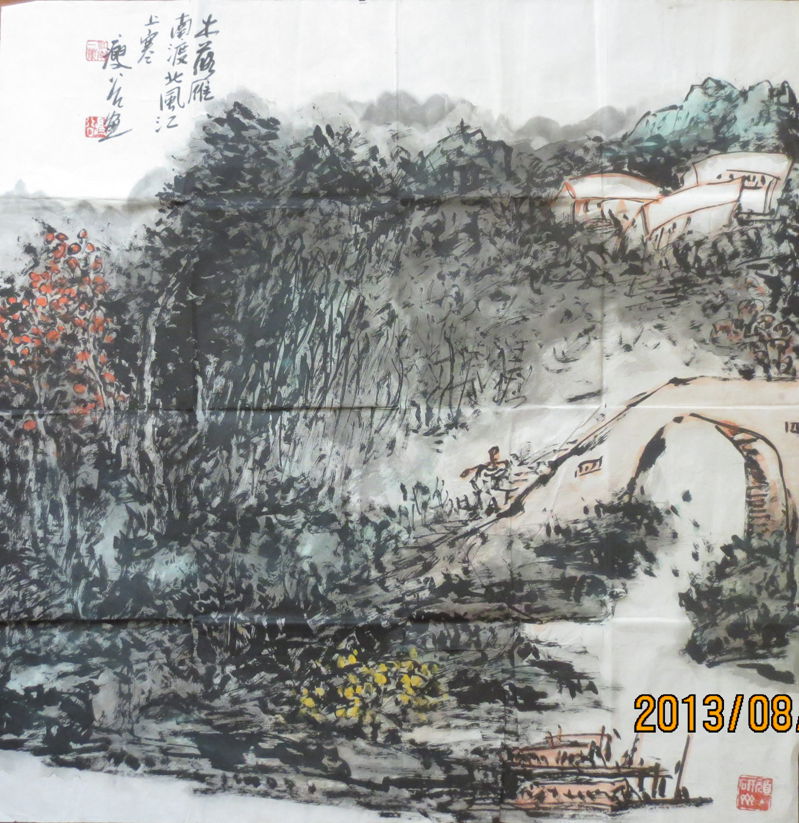
木落雁南度，北风江上寒。